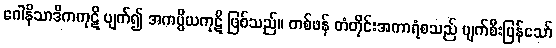
ဂေါနိသာဒိကကုဋိ ပျက်၍ အကပ္ပိယကုဋိ ဖြစ်သည်။ တစ်ဖန် တံတိုင်းအကာရံစသည် ပျက်စီးပြန်သော်